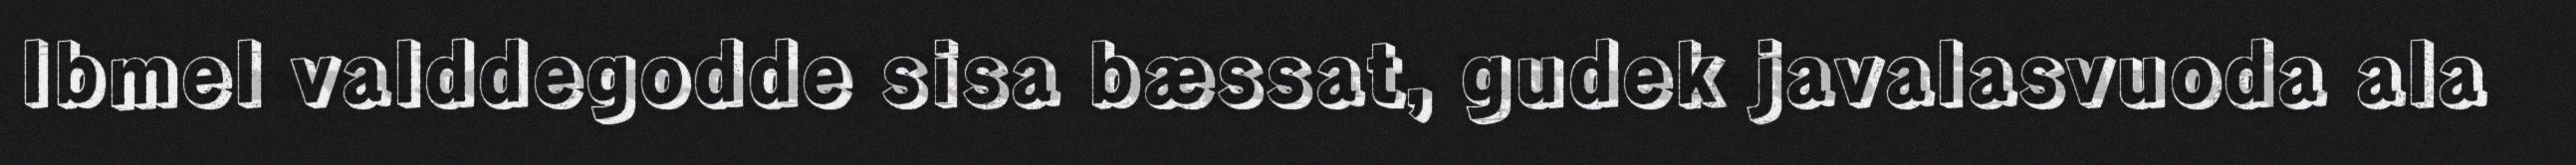
Ibmel valddegodde sisa bæssat, gudek javalasvuoda ala